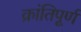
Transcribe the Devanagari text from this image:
क्रांतिपूर्ण